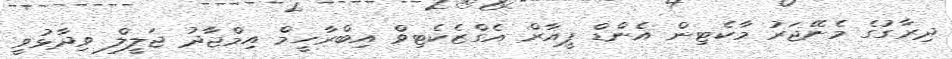
ދިރާގުގެ މެނޭޖަރު މާކެޓިން އެންޑް ޕީއާރް އެގްޒެކެޓިވް އިބްރާހީމް އިމްޖާދު ޖަލީލް ވިދާޅުވީ